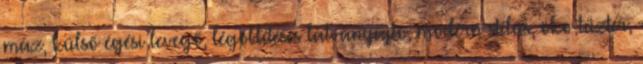
máz, külső égési levegő, légöblítéses látványajtó, modern stílus, öko-tűztér,